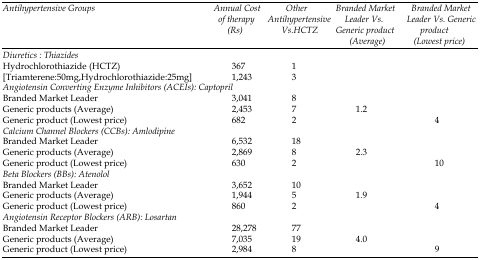
<table><thead><tr><td><b>Antihypertensive Groups</b></td><td><b>Annual Cost of therapy (Rs)</b></td><td><b>Other Antihypertensive Vs.HCTZ</b></td><td><b>Branded Market Leader Vs. Generic product (Average)</b></td><td><b>Branded Market Leader Vs. Generic product (Lowest price)</b></td></tr></thead><tbody><tr><td colspan="5"><i>Diuretics : Thiazides</i></td></tr><tr><td>Hydrochlorothiazide (HCTZ)</td><td>367</td><td>1</td><td></td><td></td></tr><tr><td>[Triamterene:50mg,Hydrochlorothiazide:25mg]</td><td>1,243</td><td>3</td><td></td><td></td></tr><tr><td colspan="5"><i>Angiotensin Converting Enzyme Inhibitors (ACEIs): Captopril</i></td></tr><tr><td>Branded Market Leader</td><td>3,041</td><td>8</td><td></td><td></td></tr><tr><td>Generic products (Average)</td><td>2,453</td><td>7</td><td>1.2</td><td></td></tr><tr><td>Generic product (Lowest price)</td><td>682</td><td>2</td><td></td><td>4</td></tr><tr><td colspan="5"><i>Calcium Channel Blockers (CCBs): Amlodipine</i></td></tr><tr><td>Branded Market Leader</td><td>6,532</td><td>18</td><td></td><td></td></tr><tr><td>Generic products (Average)</td><td>2,869</td><td>8</td><td>2.3</td><td></td></tr><tr><td>Generic product (Lowest price)</td><td>630</td><td>2</td><td></td><td>10</td></tr><tr><td colspan="5"><i>Beta Blockers (BBs): Atenolol</i></td></tr><tr><td>Branded Market Leader</td><td>3,652</td><td>10</td><td></td><td></td></tr><tr><td>Generic products (Average)</td><td>1,944</td><td>5</td><td>1.9</td><td></td></tr><tr><td>Generic product (Lowest price)</td><td>860</td><td>2</td><td></td><td>4</td></tr><tr><td colspan="5"><i>Angiotensin Receptor Blockers (ARB): Losartan</i></td></tr><tr><td>Branded Market Leader</td><td>28,278</td><td>77</td><td></td><td></td></tr><tr><td>Generic products (Average)</td><td>7,035</td><td>19</td><td>4.0</td><td></td></tr><tr><td>Generic product (Lowest price)</td><td>2,984</td><td>8</td><td></td><td>9</td></tr></tbody></table>